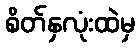
စိတ်နှလုံးထဲမှ